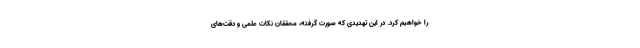
را خواهیم کرد. در این تهدیدی که صورت گرفته، محققان نکات علمی و دقت‌های